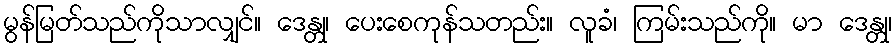
မွန်မြတ်သည်ကိုသာလျှင်။ ဒေန္တု၊ ပေးစေကုန်သတည်း။ လူခံ၊ ကြမ်းသည်ကို။ မာ ဒေန္တု၊